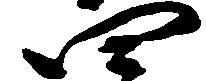
四